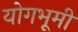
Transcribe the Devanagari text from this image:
योगभूमी